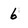
Character: 6